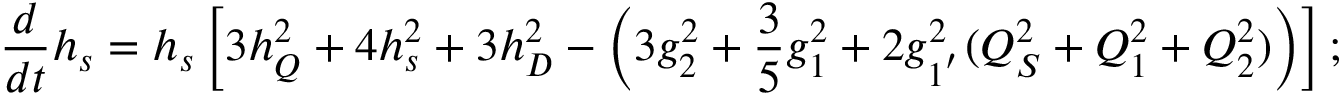
\frac { d } { d t } h _ { s } = h _ { s } \left[ 3 h _ { Q } ^ { 2 } + 4 h _ { s } ^ { 2 } + 3 h _ { D } ^ { 2 } - \left( 3 g _ { 2 } ^ { 2 } + \frac { 3 } { 5 } g _ { 1 } ^ { 2 } + 2 g _ { 1 ^ { ' } } ^ { 2 } ( Q _ { S } ^ { 2 } + Q _ { 1 } ^ { 2 } + Q _ { 2 } ^ { 2 } ) \right) \right] ;